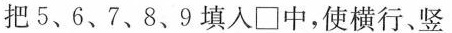
把5、6、7、8、9填入\Box 中，使横行、竖